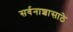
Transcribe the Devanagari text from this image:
सर्वनाशासाठे